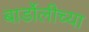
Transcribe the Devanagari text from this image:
बार्डोलीच्या